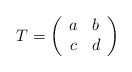
\begin{align*}T=\left(\begin{array}{cc} a & b \\ c & d\end{array}\right)\end{align*}